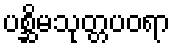
ပစ္ဆိမသုတ္တပဝရာ